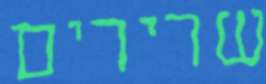
שרירים